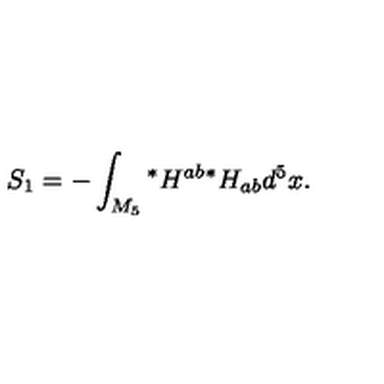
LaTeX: S _ { 1 } = - \int _ { M _ { 5 } } { } ^ { * } H ^ { a b } { } ^ { * } H _ { a b } d ^ { 5 } x .